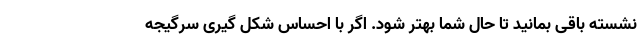
نشسته باقی بمانید تا حال شما بهتر شود. اگر با احساس شکل گیری سرگیجه